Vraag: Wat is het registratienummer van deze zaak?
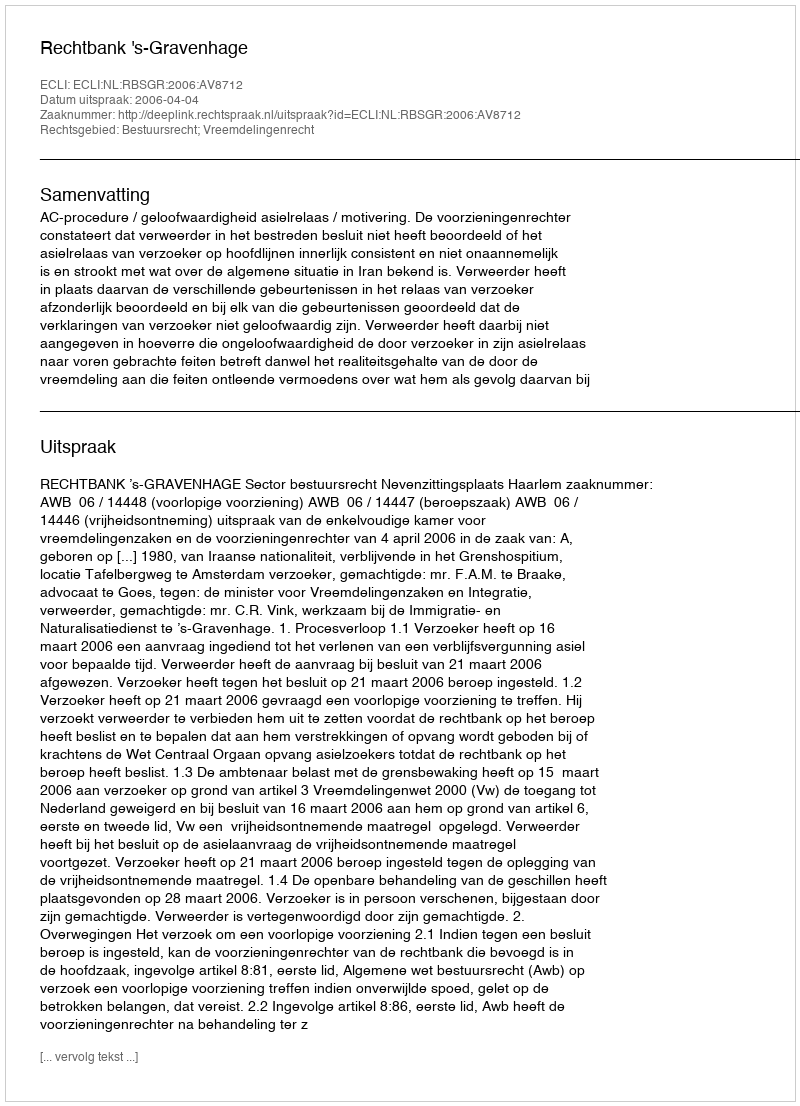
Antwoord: http://deeplink.rechtspraak.nl/uitspraak?id=ECLI:NL:RBSGR:2006:AV8712